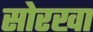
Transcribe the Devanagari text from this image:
सोरखा